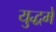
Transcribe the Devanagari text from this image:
युद्धमे